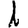
Digit: 1